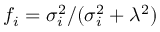
f _ { i } = { \sigma _ { i } ^ { 2 } } / { ( \sigma _ { i } ^ { 2 } + \lambda ^ { 2 } ) }